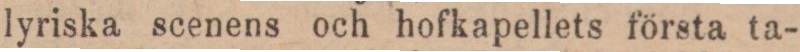
lyriska scenens och hofkapellets första ta-